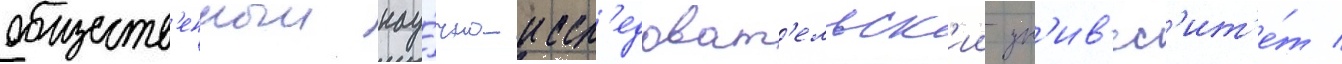
обществ'енныи нау́чно-иссл'едоват'ельск'ии ун'ив'ерс'ит'е́т /